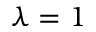
\lambda = 1